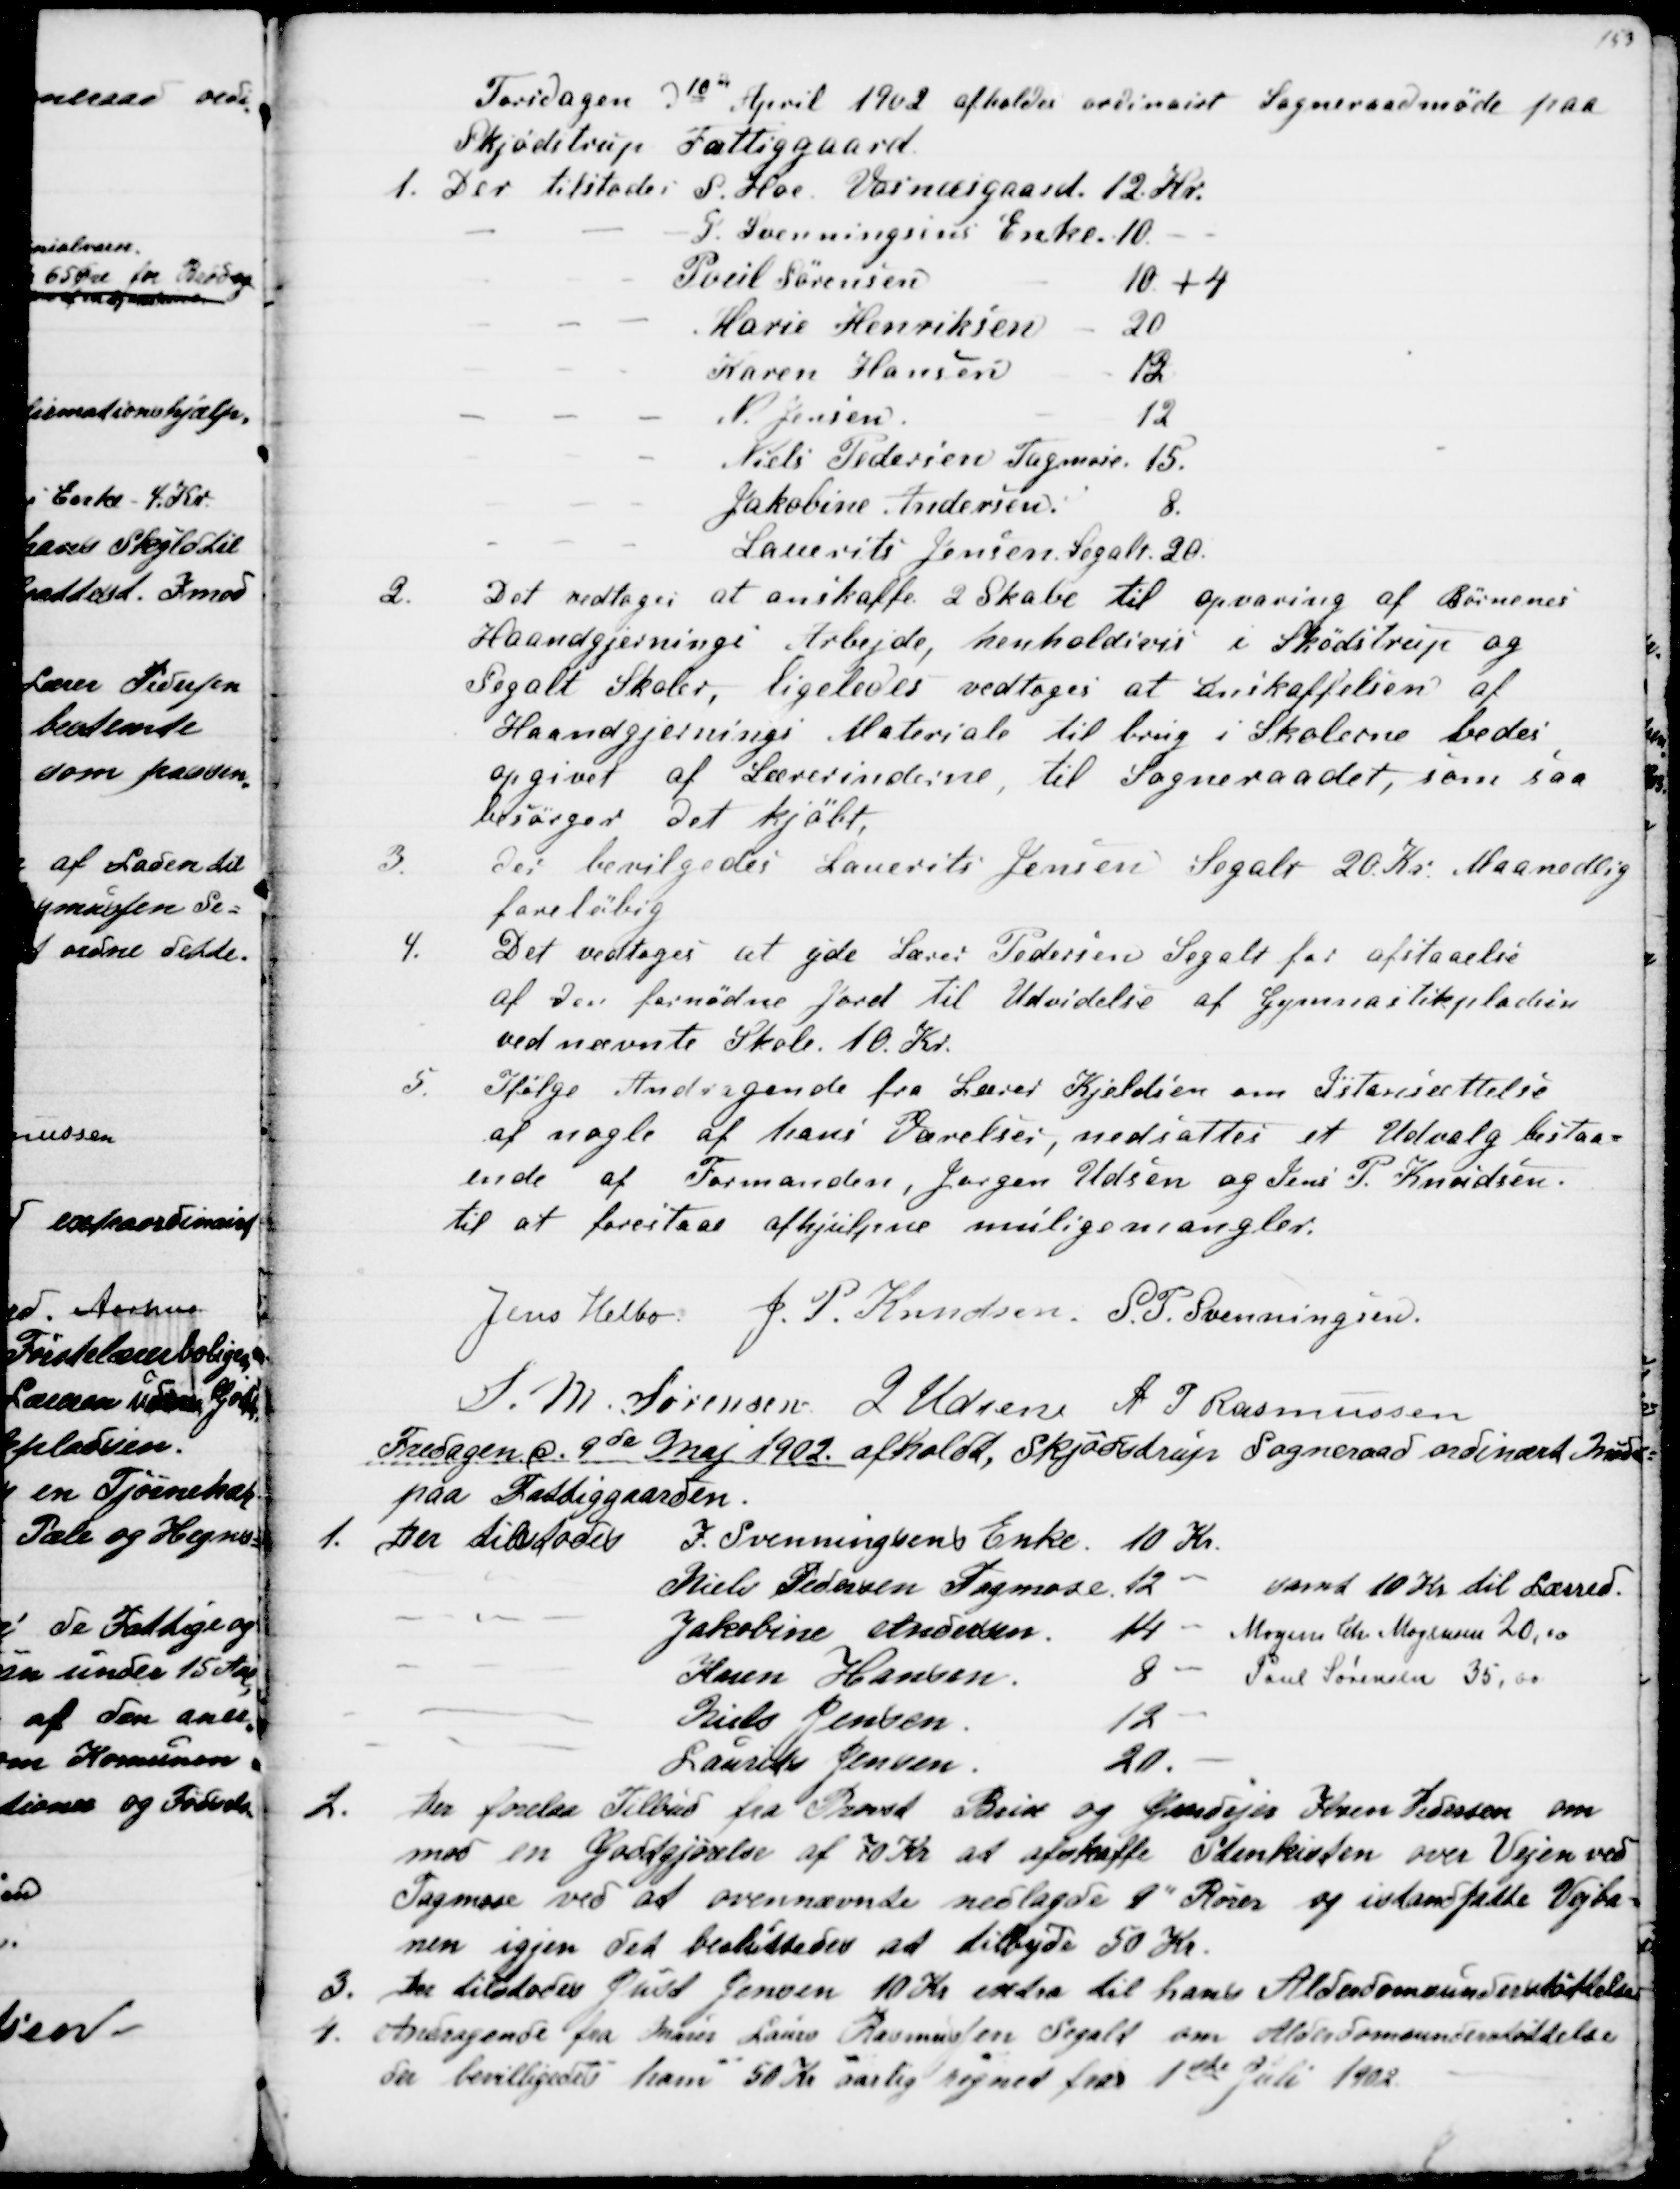
Transskription:
Torsdagen d 10de April 1902 afholdes ordinairt Sogneraadsmøde paa
Skjødstrup Fattiggaard
1. Der tilstodes S. Hoe. Vosnæsgaard 12 Kr.
I. Svenningsens Enke. 10 -
Poul Sørensen
10 + 4
Marie Henriksen
20
Karen Hansen
12
N. Jensen
12
Niels Pedersen Tagmose. 15.
Jakobine Andersen.
8.
Laurits Jensen Segalt 20.
2.
Det vedtoges at anskaffe 2 Skabe til opvaring af Børnenes
Haandgjernings Arbejde, henholdsvis i Skødstrup og
Segalt Skoler, ligeledes vedtoges at Anskaffelsen af
Haandgjernings Materiale til brug i Skolerne bedes,
opgivet af Lærerinderne, til Sogneraadet, som saa
besørger det kjøbt,
3.
Der bevilgedes Laurits Jensen Segalt 20 Kr. Maanedlig
foreløbig
4.
Det vedtoges at yde Lærer Pedersen Segalt for afstaaelse
af den fornødne Jord til Udvidelse af Gymnastikpladsen
ved nævnte Skole 10 Kr.
5.
Ifølge Andragende fra Lærer Kjeldsen om Istansættelse
af nogle af hans Værelser, nedsattes et Udvalg bestaa=
ende af Formanden, Jørgen Udsen og Jens P. Knudsen.
til at forestaae afhjulpne mulige mangler.
Jens Helbo: J. P. Knudsen, S. P. Svenningsen.
S. M. Sørensen J. Udsen A. P Rasmussen
Fredagen d. 9de Maj 1902 afholdt, Skjødstrup Sogneraad ordinært Møde
paa Fattiggaarden.
1. Der tilstodes
I. Svenningsens Enke 10 Kr.
Niels Pedersen Tagmose 12 " samt 10 Kr til Lærred.
Jakobine Andersen.
14 "
Mogens Chr. Mogensen 20,00
Karen Hansen
8 "
Poul Sørensen 35,00
Niels Jensen
12 "
Laurits Jensen
20. "
2.
Der forelaa Tilbud fra Provst Brix og Gaardejer Ibsen Pedersen om
mod en Godtgjørelse af 70 Kr at afskaffe Stenkisten over Vejen ved
Tagmose ved at ovennævnte nedlagde 9" Rører og istandsatte Vejba=
nen igjen det besluttedes at tilbyde 50 Kr.
3. Der tilstodes Just Jensen 10 Kr extra til hans Alderdomsunderstøttelse
4.
Andragende fra Murer Laurs Rasmussen Segalt om Alderdomsunderstøttelse
Der bevilligedes ham 50 Kr aarlig regnet fra 1ste Juli 1902